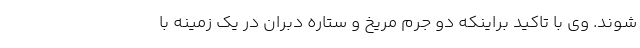
شوند. وی با تاکید براینکه دو جرم مریخ و ستاره دبران در یک زمینه با